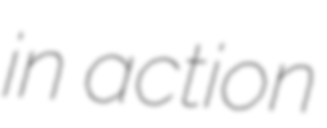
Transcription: in action